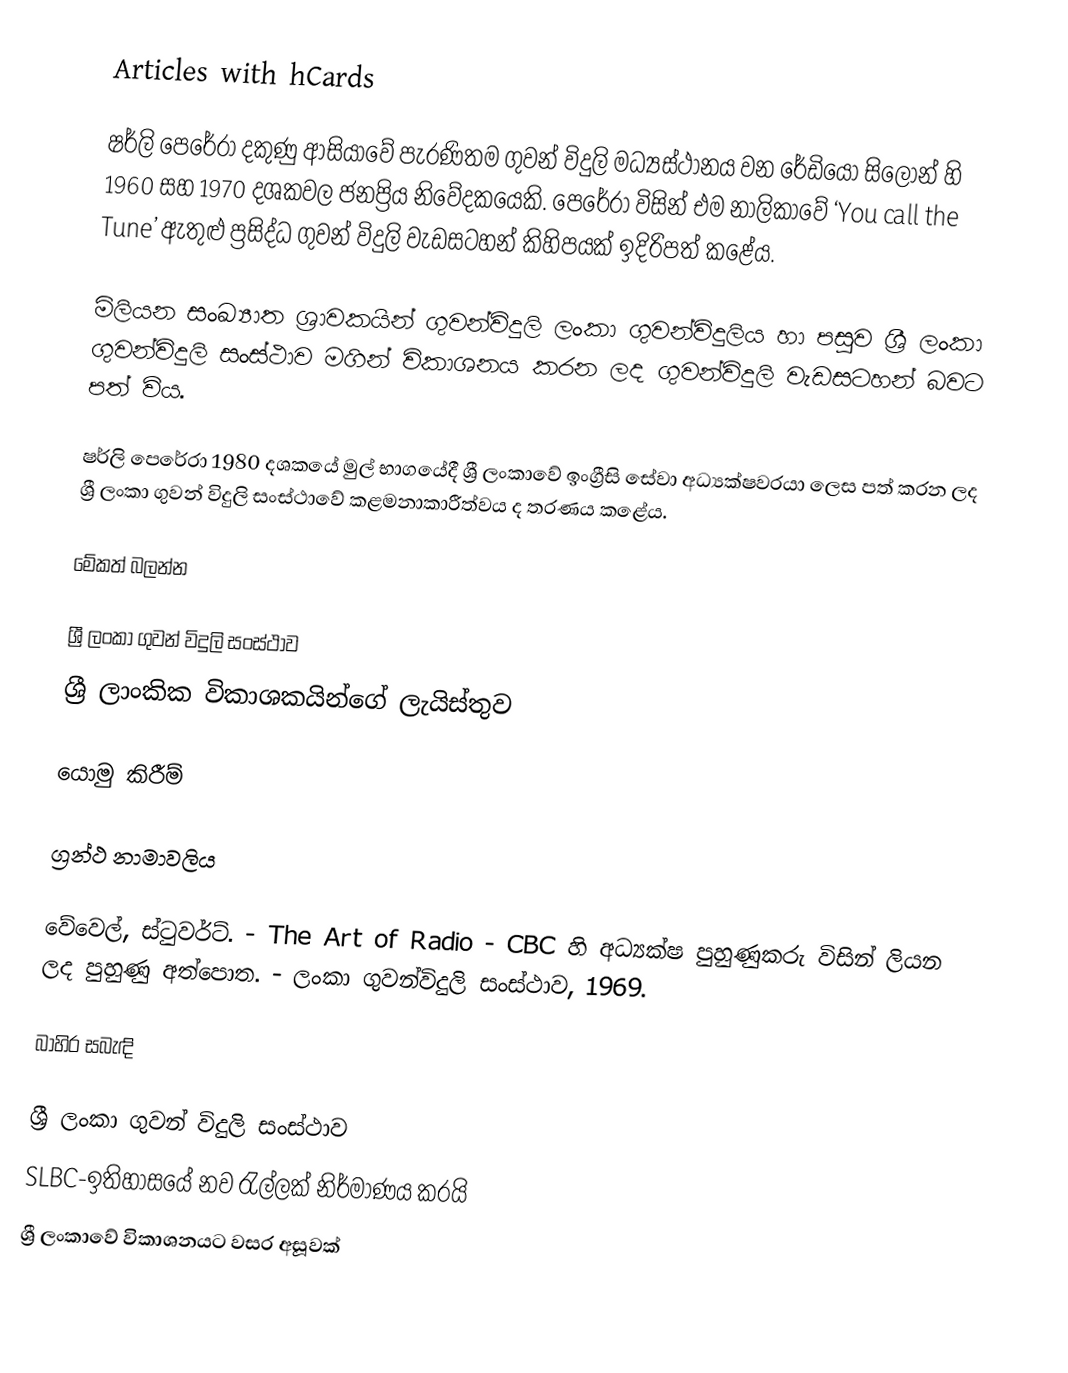
Articles with hCards

ෂර්ලි පෙරේරා දකුණු ආසියාවේ පැරණිතම ගුවන් විදුලි මධ්‍යස්ථානය වන රේඩියෝ සිලෝන් හි 1960 සහ 1970 දශකවල ජනප්‍රිය නිවේදකයෙකි. පෙරේරා විසින් එම නාලිකාවේ ‘You call the Tune’ ඇතුළු ප්‍රසිද්ධ ගුවන් විදුලි වැඩසටහන් කිහිපයක් ඉදිරිපත් කළේය.

මිලියන සංඛ්‍යාත ශ්‍රාවකයින් ගුවන්විදුලි ලංකා ගුවන්විදුලිය හා පසුව ශ්‍රී ලංකා ගුවන්විදුලි සංස්ථාව මගින් විකාශනය කරන ලද ගුවන්විදුලි වැඩසටහන් බවට පත් විය.

ෂර්ලි පෙරේරා 1980 දශකයේ මුල් භාගයේදී ශ්‍රී ලංකාවේ ඉංග්‍රීසි සේවා අධ්‍යක්ෂවරයා ලෙස පත් කරන ලද ශ්‍රී ලංකා ගුවන් විදුලි සංස්ථාවේ කළමනාකාරීත්වය ද තරණය කළේය.

මේකත් බලන්න

 ශ්‍රී ලංකා ගුවන් විදුලි සංස්ථාව
 ශ්‍රී ලාංකික විකාශකයින්ගේ ලැයිස්තුව

යොමු කිරීම්

ග්‍රන්ථ නාමාවලිය

 වේවෙල්, ස්ටුවර්ට්. - The Art of Radio - CBC හි අධ්‍යක්ෂ පුහුණුකරු විසින් ලියන ලද පුහුණු අත්පොත. - ලංකා ගුවන්විදුලි සංස්ථාව, 1969.

බාහිර සබැඳි

 ශ්‍රී ලංකා ගුවන් විදුලි සංස්ථාව
 SLBC-ඉතිහාසයේ නව රැල්ලක් නිර්මාණය කරයි
 ශ්‍රී ලංකාවේ විකාශනයට වසර අසූවක්